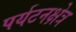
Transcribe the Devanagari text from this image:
पर्यटनक्षेत्र